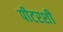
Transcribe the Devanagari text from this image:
पीटरशी